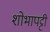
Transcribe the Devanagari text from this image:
शोभापट्टी